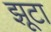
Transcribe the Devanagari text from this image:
झूटा